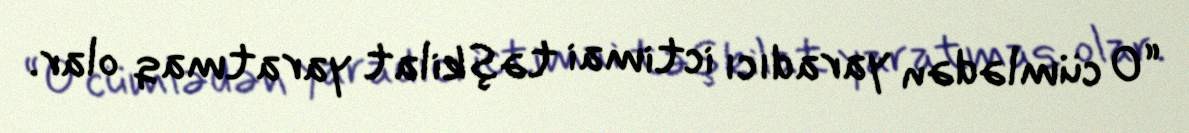
“O cümlədən yaradıcı ictimai təşkilat yaratmaq olar.